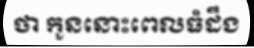
ថា កូននោះពេលធំដឹង